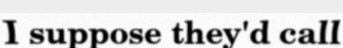
I suppose they'd call